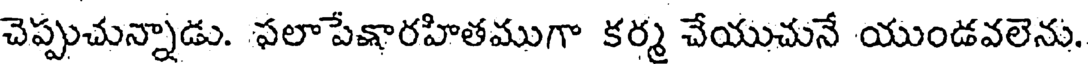
చెప్పుచున్నాడు. ఫలాపేక్షారహితముగా కర్మ చేయుచునే యుండవలెను.